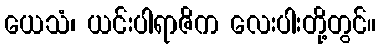
ယေသံ၊ ယင်းပါရာဇိက လေးပါးတို့တွင်။